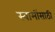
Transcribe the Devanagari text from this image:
स्वामींसाठी